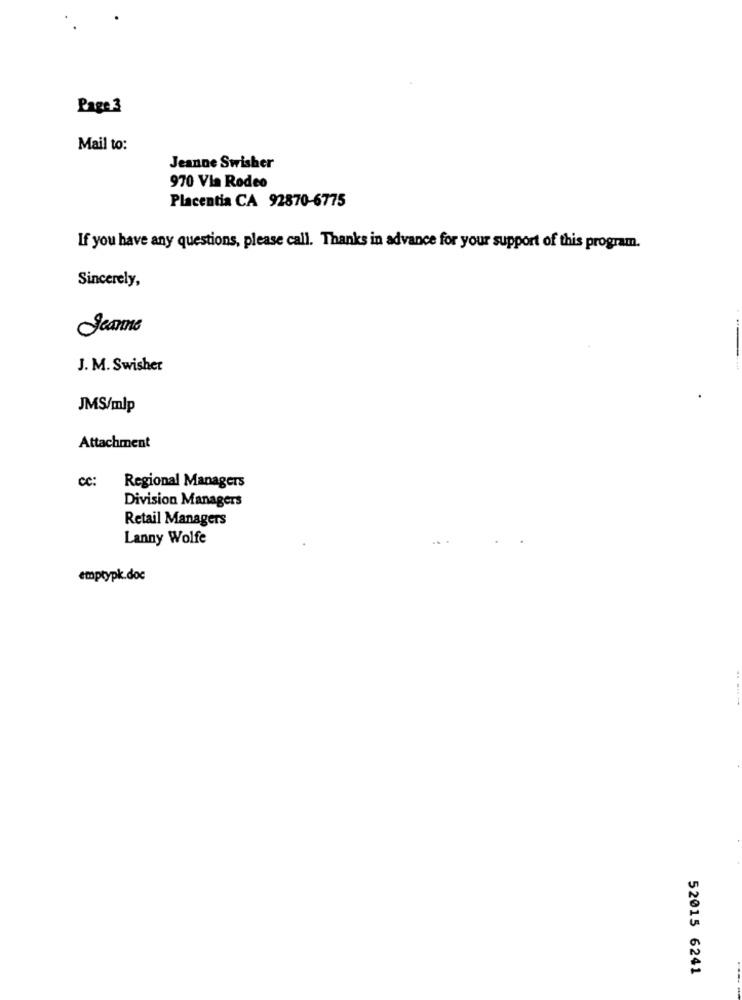
Page 3
Mail to:
Jeanne Swisher
970 Via Rodeo
Placentia CA 92870-6775
If you have any questions, please call. Thanks in advance for your support of this program.
Sincerely,
Jeanne
J. M. Swisher
JMS/mlp
Attachment
CC:
Regional Managers
Division Managers
Retail Managers
Lanny Wolfe
emptypk.doc
52015 6241